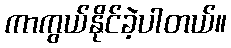
ကာကွယ်နိုင်ခဲ့ပါတယ်။